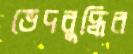
ভেদবুদ্ধির